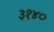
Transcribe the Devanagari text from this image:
३१४०